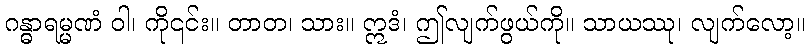
ဂန္ဓာရမ္မဏံ ဝါ၊ ကို၎င်း။ တာတ၊ သား။ ဣဒံ၊ ဤလျက်ဖွယ်ကို။ သာယဿု၊ လျက်လော့။